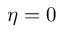
\eta = 0